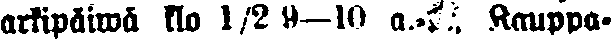
arkipäiwä klo 1/2 9—10 a.-p. Kauppa-